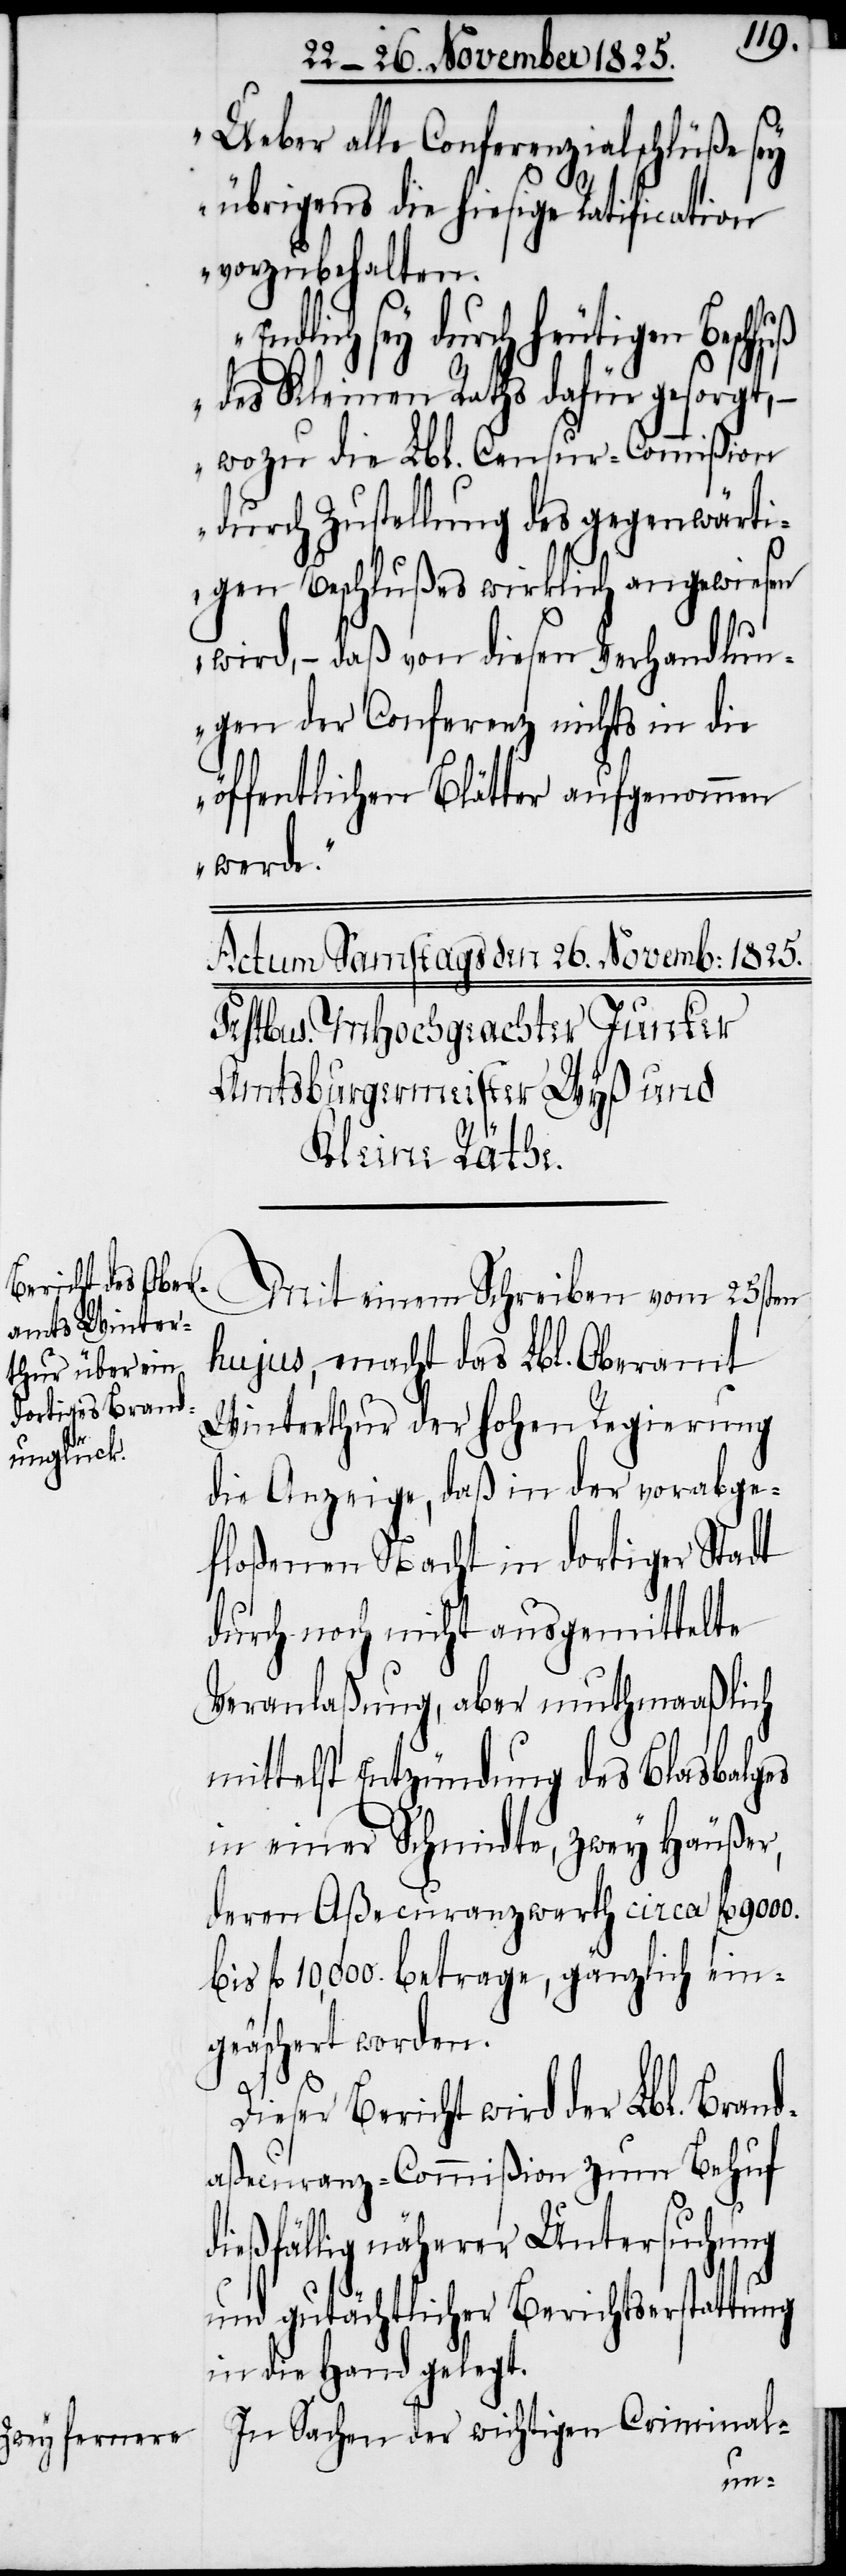
Ueber alle Conferenzialschluße sey
übrigens die hiesige Ratification
vorzubehalten.
dlich sey durch heutigen Besch¬
des Kleinen Raths dafür gesorgt,
wozu die Lbl. Censur-Commißion
durch Zustellung des gegenwärti¬
gen Beschlußes wirklich angewiesen
wird, – daß von diesen Verhandlun¬
gen der Conferenz nichts in die
öffentlichen Blätter aufgenommen
werde.“
Mit einem Schreiben vom 25sten
hujus, macht das Lbl. Oberamt
Winterthur der hohen Regierung
die Anzeige, daß in der vorabge¬
floßenen Nacht in dortiger Stadt
durch noch nicht ausgemittelte
Veranlaßung, aber muthmaaßlich
mittelst Entzündung des Blasbalges
in einer Schmidte, zwey Häußer,
deren Aßecuranzwerth circa fl.
fl. 10,000. betrage, gänzlich ein¬
geäschert worden.
Dieser Bericht wird der Lbl.
aßecuranz-Commißion zum Behuf
dießfällig näherer Untersuchung
und gutächtlicher Berichtserstattung
in die Hand gelegt.
In Sachen der wichtigen Criminal-
Brand¬